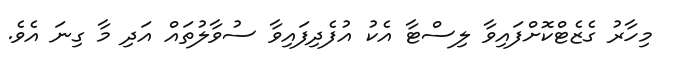
މިހާރު ގެޒެޓްކޮށްފައިވާ ލިސްޓާ އެކު އުފެދިފައިވާ ސުވާލުތައް އަދި މާ ގިނަ އެވެ.